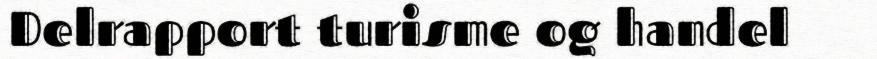
Delrapport turisme og handel